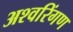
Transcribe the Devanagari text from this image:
अश्वरिंगण